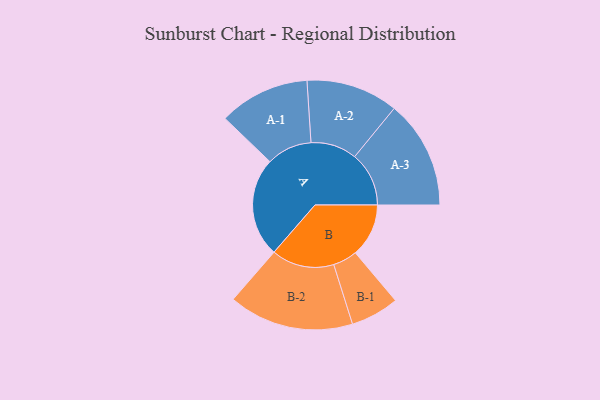
{"axis": {"x": "Segment", "y": "Value"}, "legend": ["", "A", "B"], "data": [{"x": "A", "y": 451, "type": ""}, {"x": "B", "y": 242, "type": ""}, {"x": "A-1", "y": 206, "type": "A"}, {"x": "A-2", "y": 209, "type": "A"}, {"x": "A-3", "y": 246, "type": "A"}, {"x": "B-1", "y": 110, "type": "B"}, {"x": "B-2", "y": 284, "type": "B"}]}